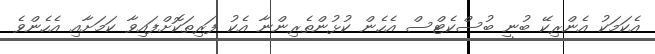
އެކަމަކު އެންރިކޭ ބުނީ ބުސްކެޓްސް އެހެން ކުޅުންތެރިންނާ އެކު ފަރިތަކޮށްފައިވާ ކަމަށާއި އެހެންވެ